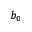
b _ { 0 }